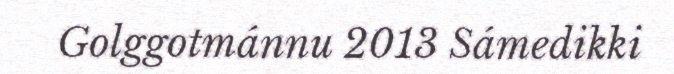
Golggotmánnu 2013 Sámedikki